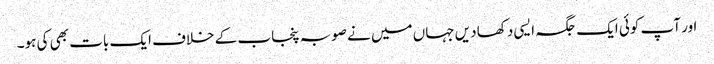
اور آپ کوئی ایک جگہ ایسی دکھا دیں جہاں میں نے صوبہ پنجاب کے خلاف ایک بات بھی کی ہو۔